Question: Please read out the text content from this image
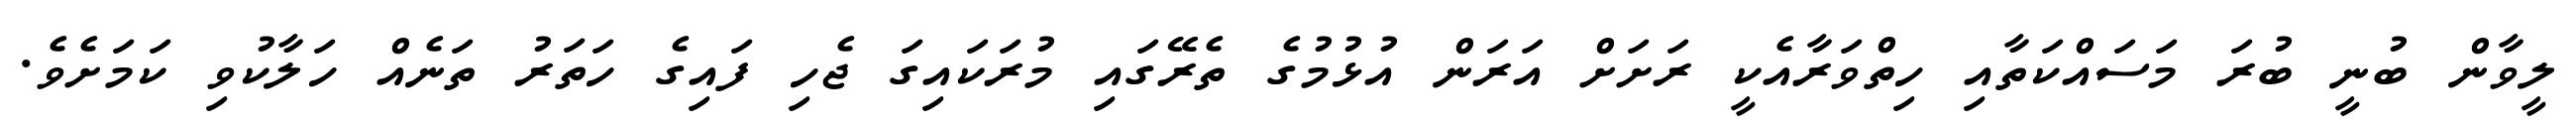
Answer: ލީވާން ބުނީ ބުރަ މަސައްކަތާއި ހިތްވަރާއެކީ ރަށަށް އަރަން އުޅުމުގެ ތެރޭގައި މުރަކައިގަ ޖެހި ފައިގެ ހަތަރު ތަނެއް ހަލާކުވި ކަމަށެވެ.